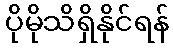
ပိုမိုသိရှိနိုင်ရန်